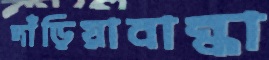
দাঁড়িয়াবান্ধা